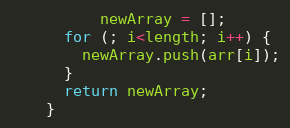
Language: JavaScript
          newArray = [];
      for (; i<length; i++) {
        newArray.push(arr[i]);
      }
      return newArray;
    }